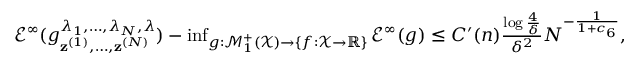
\begin{array} { r } { \mathcal { E } ^ { \infty } ( g _ { { \bf z } ^ { ( 1 ) } , \ldots , { \bf z } ^ { ( N ) } } ^ { \lambda _ { 1 } , \ldots , \lambda _ { N } , \lambda } ) - \operatorname* { i n f } _ { g : \mathcal { M } _ { 1 } ^ { + } ( \mathcal { X } ) \to \left\{ f : \mathcal { X } \to \mathbb { R } \right\} } \mathcal { E } ^ { \infty } ( g ) \le C ^ { \prime } ( n ) \frac { \log \frac { 4 } { \delta } } { \delta ^ { 2 } } N ^ { - \frac { 1 } { 1 + c _ { 6 } } } , } \end{array}